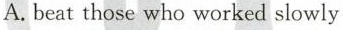
A.beat those who worked slowly